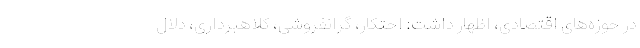
در حوزه‌های اقتصادی، اظهار داشت: احتکار، گرانفروشی، کلاهبرداری، دلال